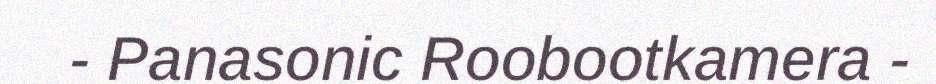
- Panasonic Roobootkamera -